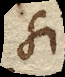
Si